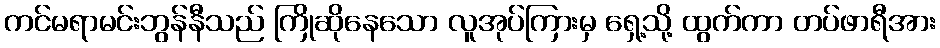
ကင်မရာမင်းဘွန်နီသည် ကြိုဆိုနေသော လူအုပ်ကြားမှ ရှေ့သို့ ထွက်ကာ တပ်ဖာရီအား